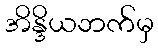
အိန္ဒိယဘက်မှ